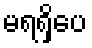
မရရှိပေ